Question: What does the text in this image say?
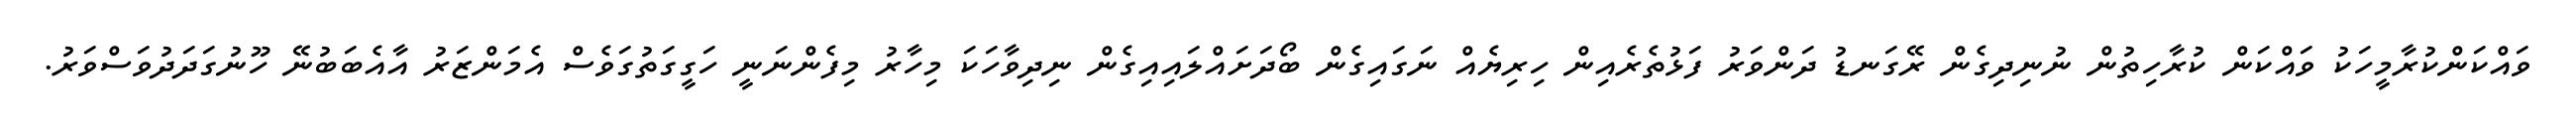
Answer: ވައްކަންކުރާމީހަކު ވައްކަން ކުރާހިތުން ނުނިދިގެން ރޭގަނޑު ދަންވަރު ފަޅުތެރެއިން ހިރިޔެއް ނަގައިގެން ބޯދަށައްލައިއިގެން ނިދިވާހަކަ މިހާރު މިފެންނަނީ ހަގީގަތުގަވެސް އެމަންޒަރު އާއެބަބުނޭ ހޫނުގަދަދުވަސްވަރު.